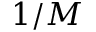
1 / M